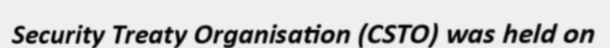
Security Treaty Organisation (CSTO) was held on